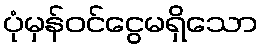
ပုံမှန်ဝင်ငွေမရှိသော